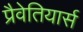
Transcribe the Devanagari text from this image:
प्रैवेतियार्स